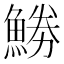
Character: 𩷼